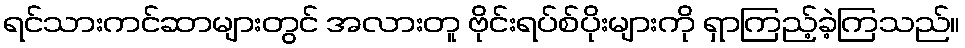
ရင်သားကင်ဆာများတွင် အလားတူ ဗိုင်းရပ်စ်ပိုးများကို ရှာကြည့်ခဲ့ကြသည်။